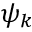
\psi _ { k }